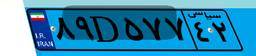
۵۰D۱۴۸۳۸